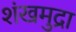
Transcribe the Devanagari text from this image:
शंखमुद्रा